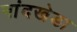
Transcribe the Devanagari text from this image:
नांदखेडा